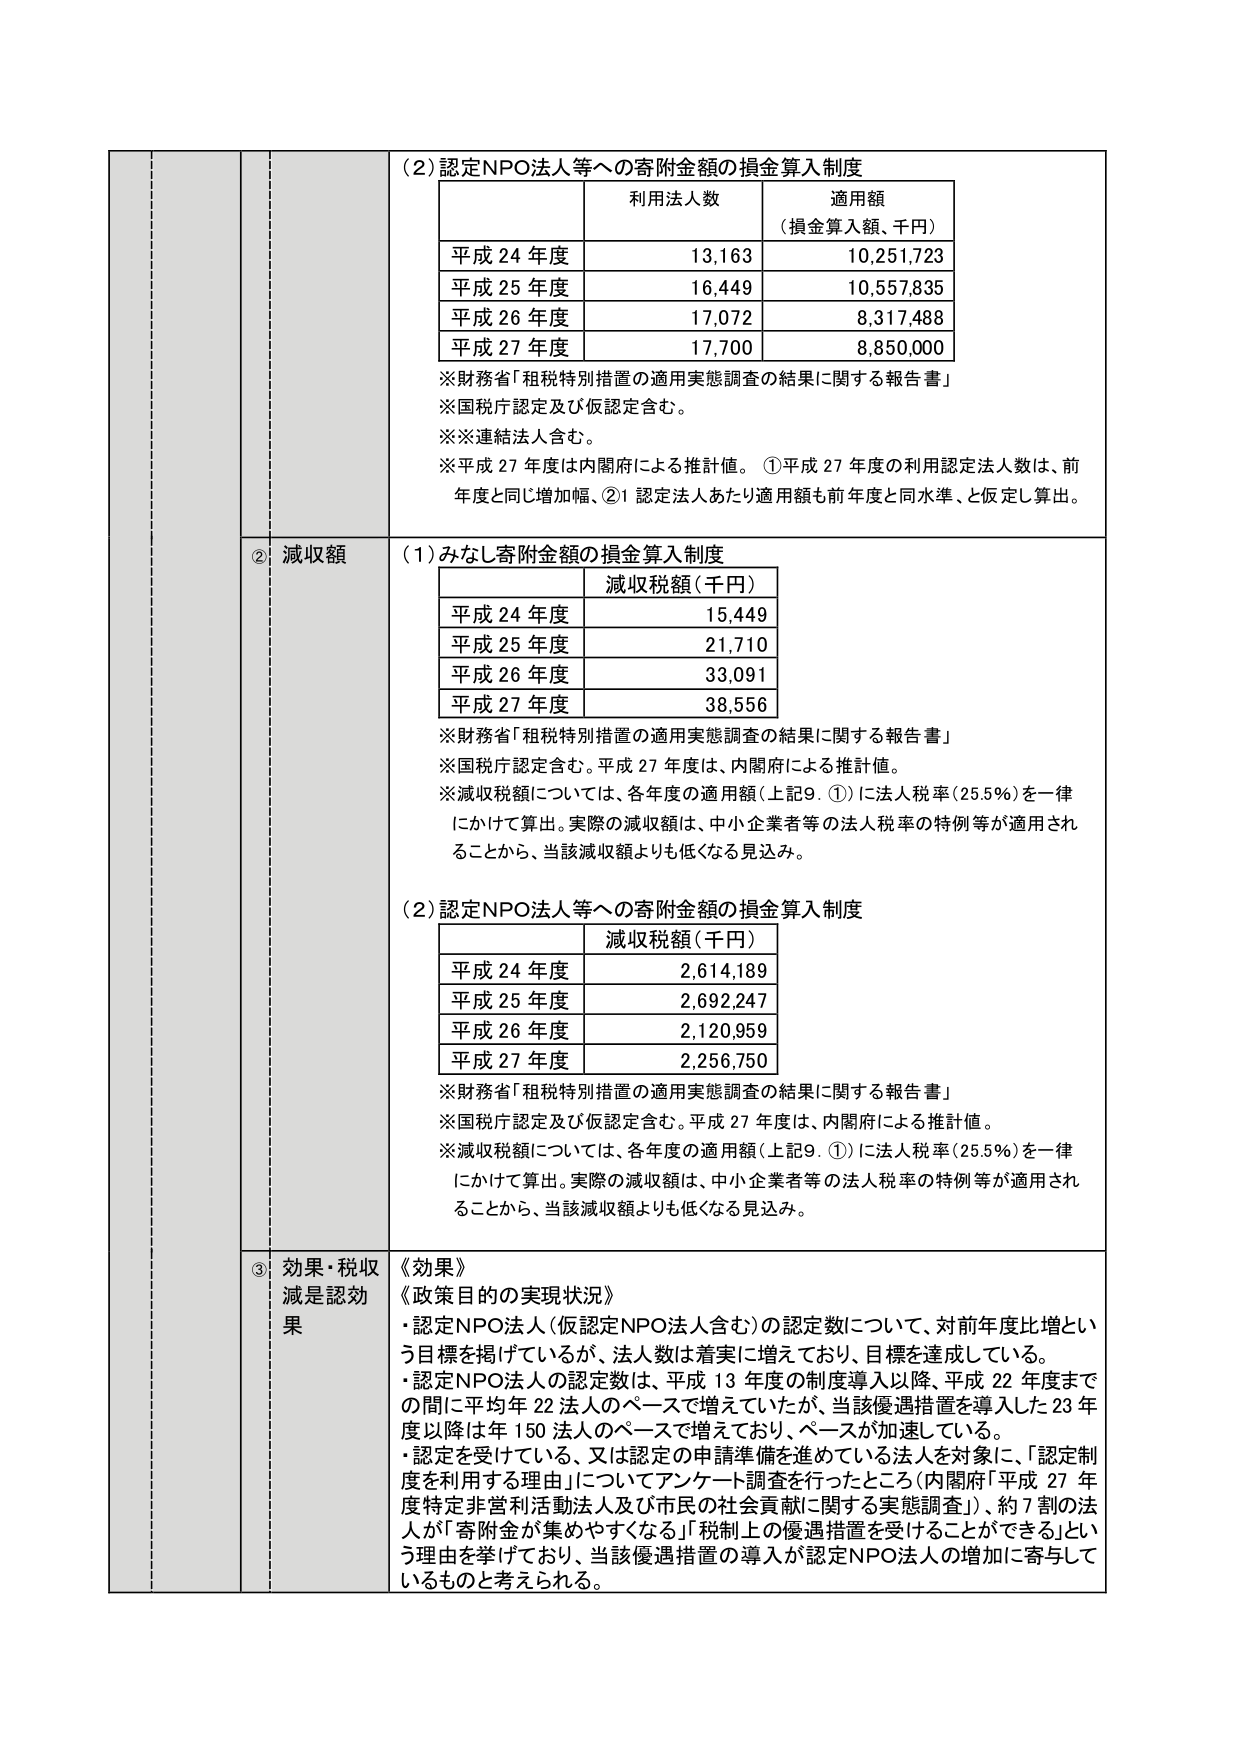
(2) 認定NPO法人等への寄附金額の損金算入制度

利用法人数　　　　　　　適用額
（損金算入額、千円）

平成24年度　　　　　13,163　　　　　10,251,723
平成25年度　　　　　16,449　　　　　10,557,835
平成26年度　　　　　17,072　　　　　8,317,488
平成27年度　　　　　17,700　　　　　8,850,000

※財務省「租税特別措置の適用実態調査の結果に関する報告書」
※国税庁認定及び仮認定含む。
※※連絡法人含む。
※平成27年度は内閣府による推計値。①平成27年度の利用認定法人人数は、前年度と同じ増加幅、②1認定法人あたり適用額も前年度と同水準、と仮定し算出。

② 減収額

(1) みなし寄附金額の損金算入制度

減収税額（千円）

平成24年度　　　　　15,449
平成25年度　　　　　21,710
平成26年度　　　　　33,091
平成27年度　　　　　38,556

※財務省「租税特別措置の適用実態調査の結果に関する報告書」
※国税庁認定含む。平成27年度は、内閣府による推計値。
※減収税額については、各年度の適用額（上記9．①）に法人税率（25.5％）を一律にかけて算出。実際の減収額は、中小企業者等の法人税率の特例等が適用されることから、当該減収額よりも低くなる見込み。

(2) 認定NPO法人等への寄附金額の損金算入制度

減収税額（千円）

平成24年度　　　　　2,614,189
平成25年度　　　　　2,692,247
平成26年度　　　　　2,120,959
平成27年度　　　　　2,256,750

※財務省「租税特別措置の適用実態調査の結果に関する報告書」
※国税庁認定及び仮認定含む。平成27年度は、内閣府による推計値。
※減収税額については、各年度の適用額（上記9．①）に法人税率（25.5％）を一律にかけて算出。実際の減収額は、中小企業者等の法人税率の特例等が適用されることから、当該減収額よりも低くなる見込み。

③ 効果・税収減是認効果

《効果》
《政策目的の実現状況》
・認定NPO法人（仮認定NPO法人含む）の認定数について、対前年度比増という目標を掲げているが、法人数は着実に増えており、目標を達成している。
・認定NPO法人の認定数は、平成13年度の制度導入以降、平成22年度までの間に平均年22法人のペースで増えていたが、当該優遇措置を導入した23年度以降は年150法人のペースで増えており、ペースが加速している。
・認定を受けている、又は認定の申請準備を進めている法人を対象に、「認定制度を利用する理由」についてアンケート調査を行ったところ（内閣府「平成27年度特定非営利活動法人及び市民の社会貢献に関する実態調査」）、約7割の法人が「寄附金が集めやすくなる」「税制上の優遇措置を受けることができる」という理由を挙げており、当該優遇措置の導入が認定NPO法人の増加に寄与しているものと考えられる。